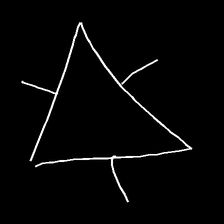
Glyph: fire